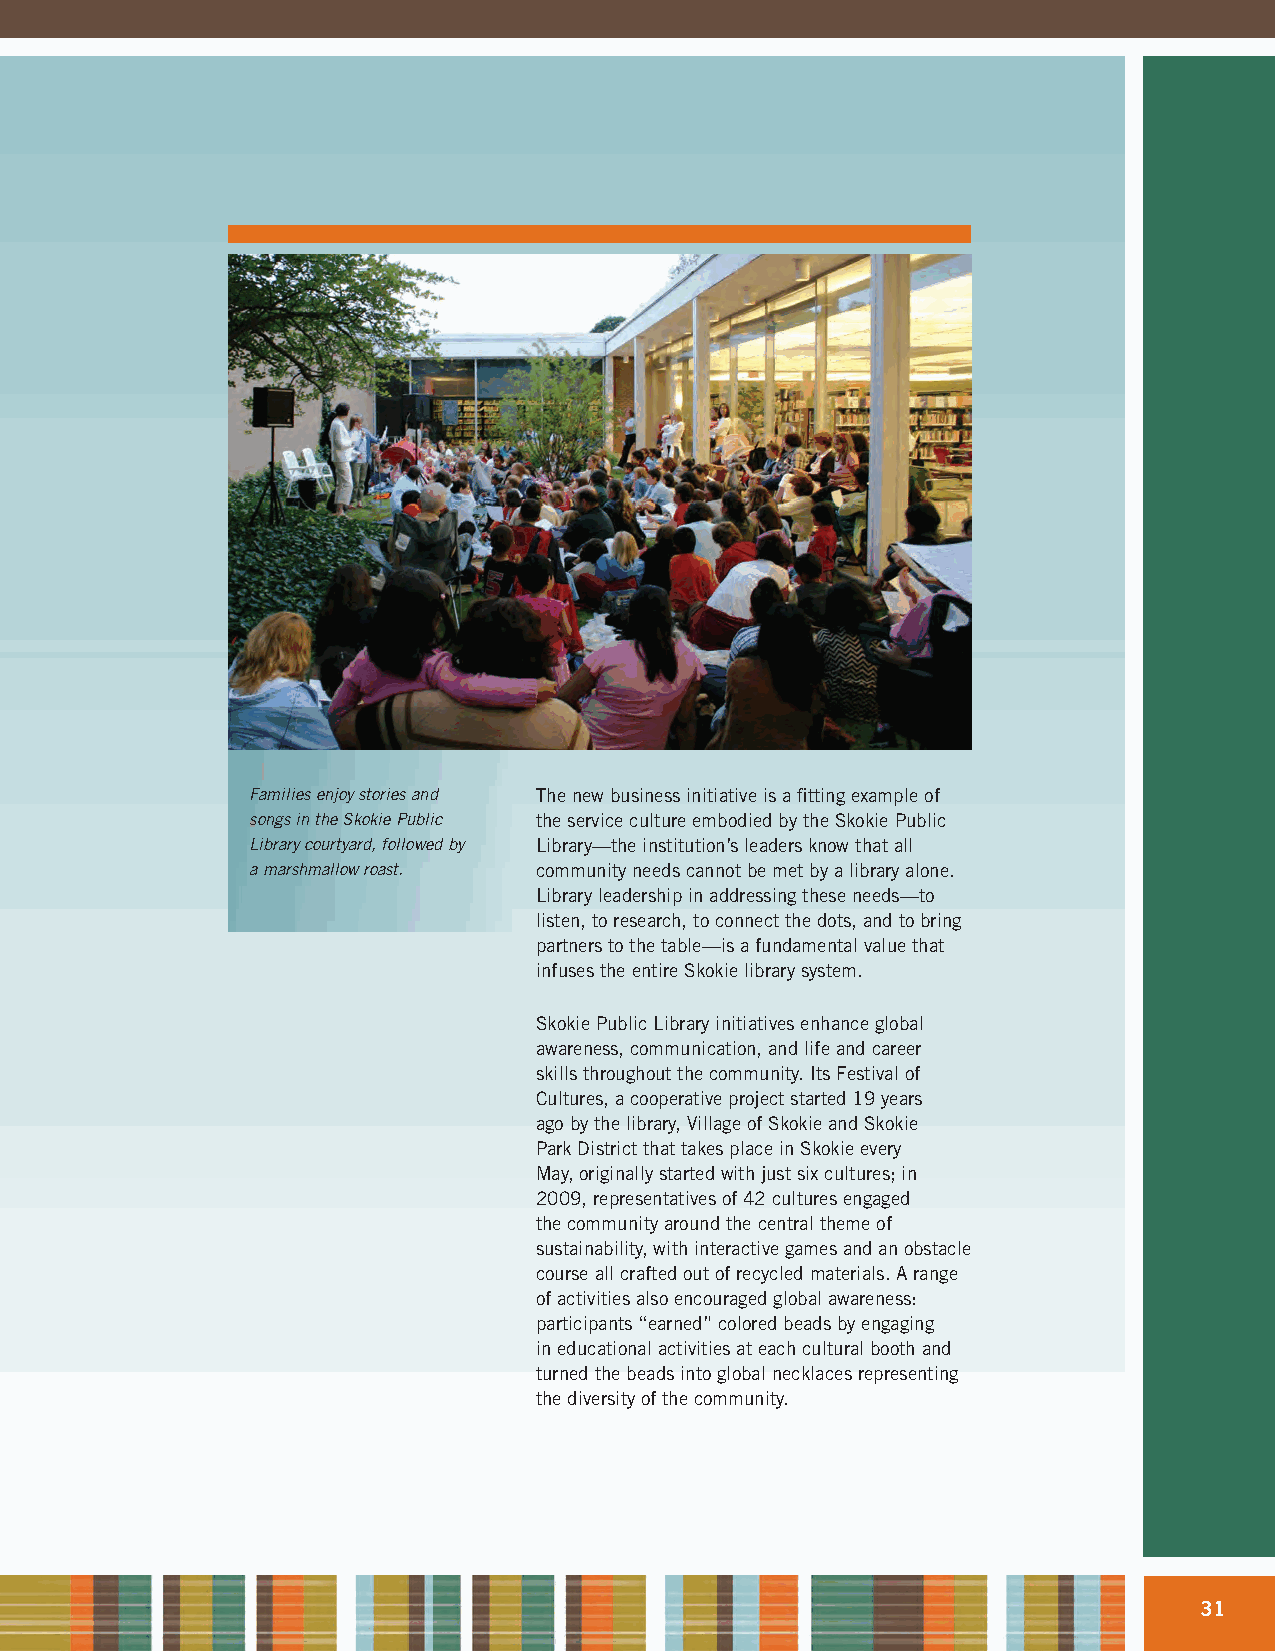
CASE STUDY:
 Skokie Public Library
 Families enjoy stories and The new business initiative is a fitting example of
 songs in the Skokie Public the service culture embodied by the Skokie Public
 Library courtyard, followed by Library—the institution’s leaders know that all
 a marshmallow roast. community needs cannot be met by a library alone.
 Library leadership in addressing these needs—to
 listen, to research, to connect the dots, and to bring
 partners to the table—is a fundamental value that
 infuses the entire Skokie library system.
 Skokie Public Library initiatives enhance global
 awareness, communication, and life and career
 skills throughout the community. Its Festival of
 Cultures, a cooperative project started 19 years
 ago by the library, Village of Skokie and Skokie
 Park District that takes place in Skokie every
 May, originally started with just six cultures; in
 2009, representatives of 42 cultures engaged
 the community around the central theme of
 sustainability, with interactive games and an obstacle
 course all crafted out of recycled materials. A range
 of activities also encouraged global awareness:
 participants “earned” colored beads by engaging
 in educational activities at each cultural booth and
 turned the beads into global necklaces representing
 the diversity of the community.
 31